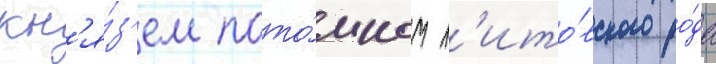
кн'я́з'ем пото́мком л'ито́вского ро́да